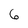
Character: 6